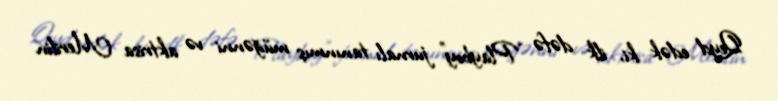
Qeyd edək ki, ilk dəfə “Playboy” jurnalı tanınmış müğənni və aktrisa Merilin